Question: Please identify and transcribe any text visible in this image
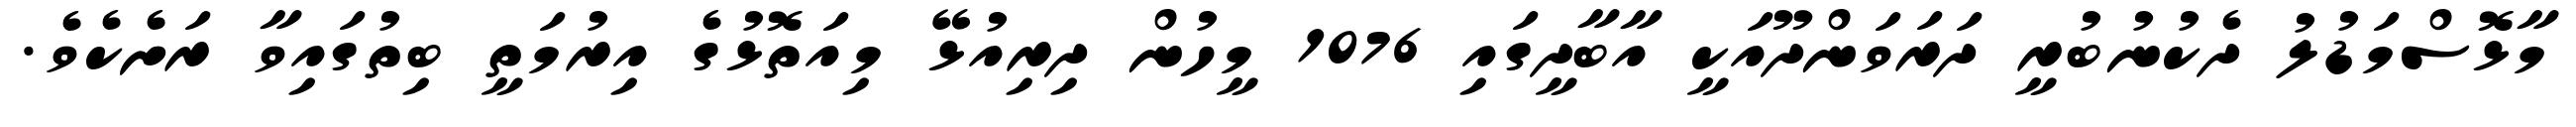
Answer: މާޅޮސްމަޑުލު ދެކުނުބުރީ ދަރަވަންދޫއަކީ އާބާދީގައި 1076 މީހުން ދިރިއުޅޭ މިއަތޮޅުގެ އިރުމަތީ ބިތުގައިވާ ރަށެކެވެ.